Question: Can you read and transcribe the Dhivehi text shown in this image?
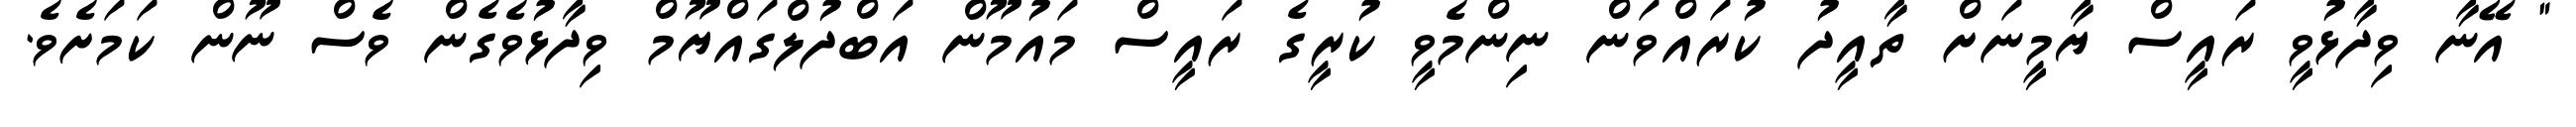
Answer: " އޭނާ ވިދާޅުވީ ރައީސް ޔާމީނަށް ތާއީދު ކުރައްވަން ނިންމެވީ ކުރީގެ ރައީސް މައުމޫން އަބްދުލްގައްޔޫމް ވިދާޅުވެގެން ވެސް ނޫން ކަމަށެވެ.